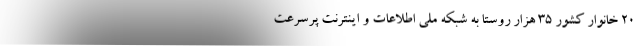
۲۰ خانوار کشور ۳۵ هزار روستا به شبکه ملی اطلاعات و اینترنت پرسرعت